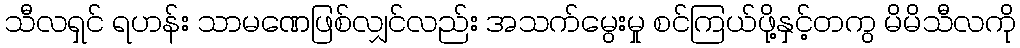
သီလရှင် ရဟန်း သာမဏေဖြစ်လျှင်လည်း အသက်မွေးမှု စင်ကြယ်ဖို့နှင့်တကွ မိမိသီလကို